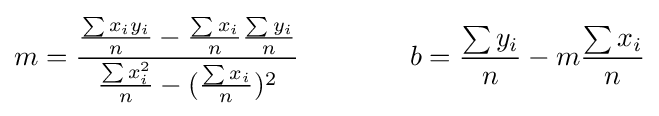
m={\frac {{\frac {\sum x_{i}y_{i}}{n}}-{\frac {\sum x_{i}}{n}}{\frac {\sum y_{i}}{n}}}{{\frac {\sum x_{i}^{2}}{n}}-({\frac {\sum x_{i}}{n}})^{2}}}\qquad \qquad b={\frac {\sum y_{i}}{n}}-m{\frac {\sum x_{i}}{n}}